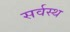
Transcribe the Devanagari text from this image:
सर्वस्थ